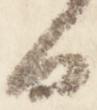
日